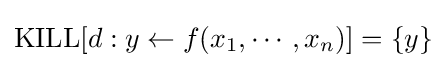
{\mbox{KILL}}[d:y\leftarrow f(x_{1},\cdots ,x_{n})]=\{y\}